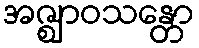
အဇ္ဈာဝသန္တော